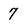
Character: 7